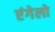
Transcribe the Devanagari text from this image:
एंगेलो